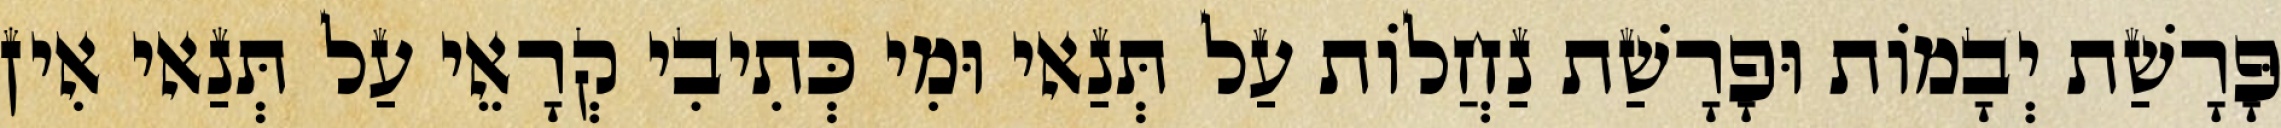
פָּרָשַׁת יְבָמוֹת וּפָרָשַׁת נַחֲלוֹת עַל תְּנַאי וּמִי כְּתִיבִי קְרָאֵי עַל תְּנַאי אִין